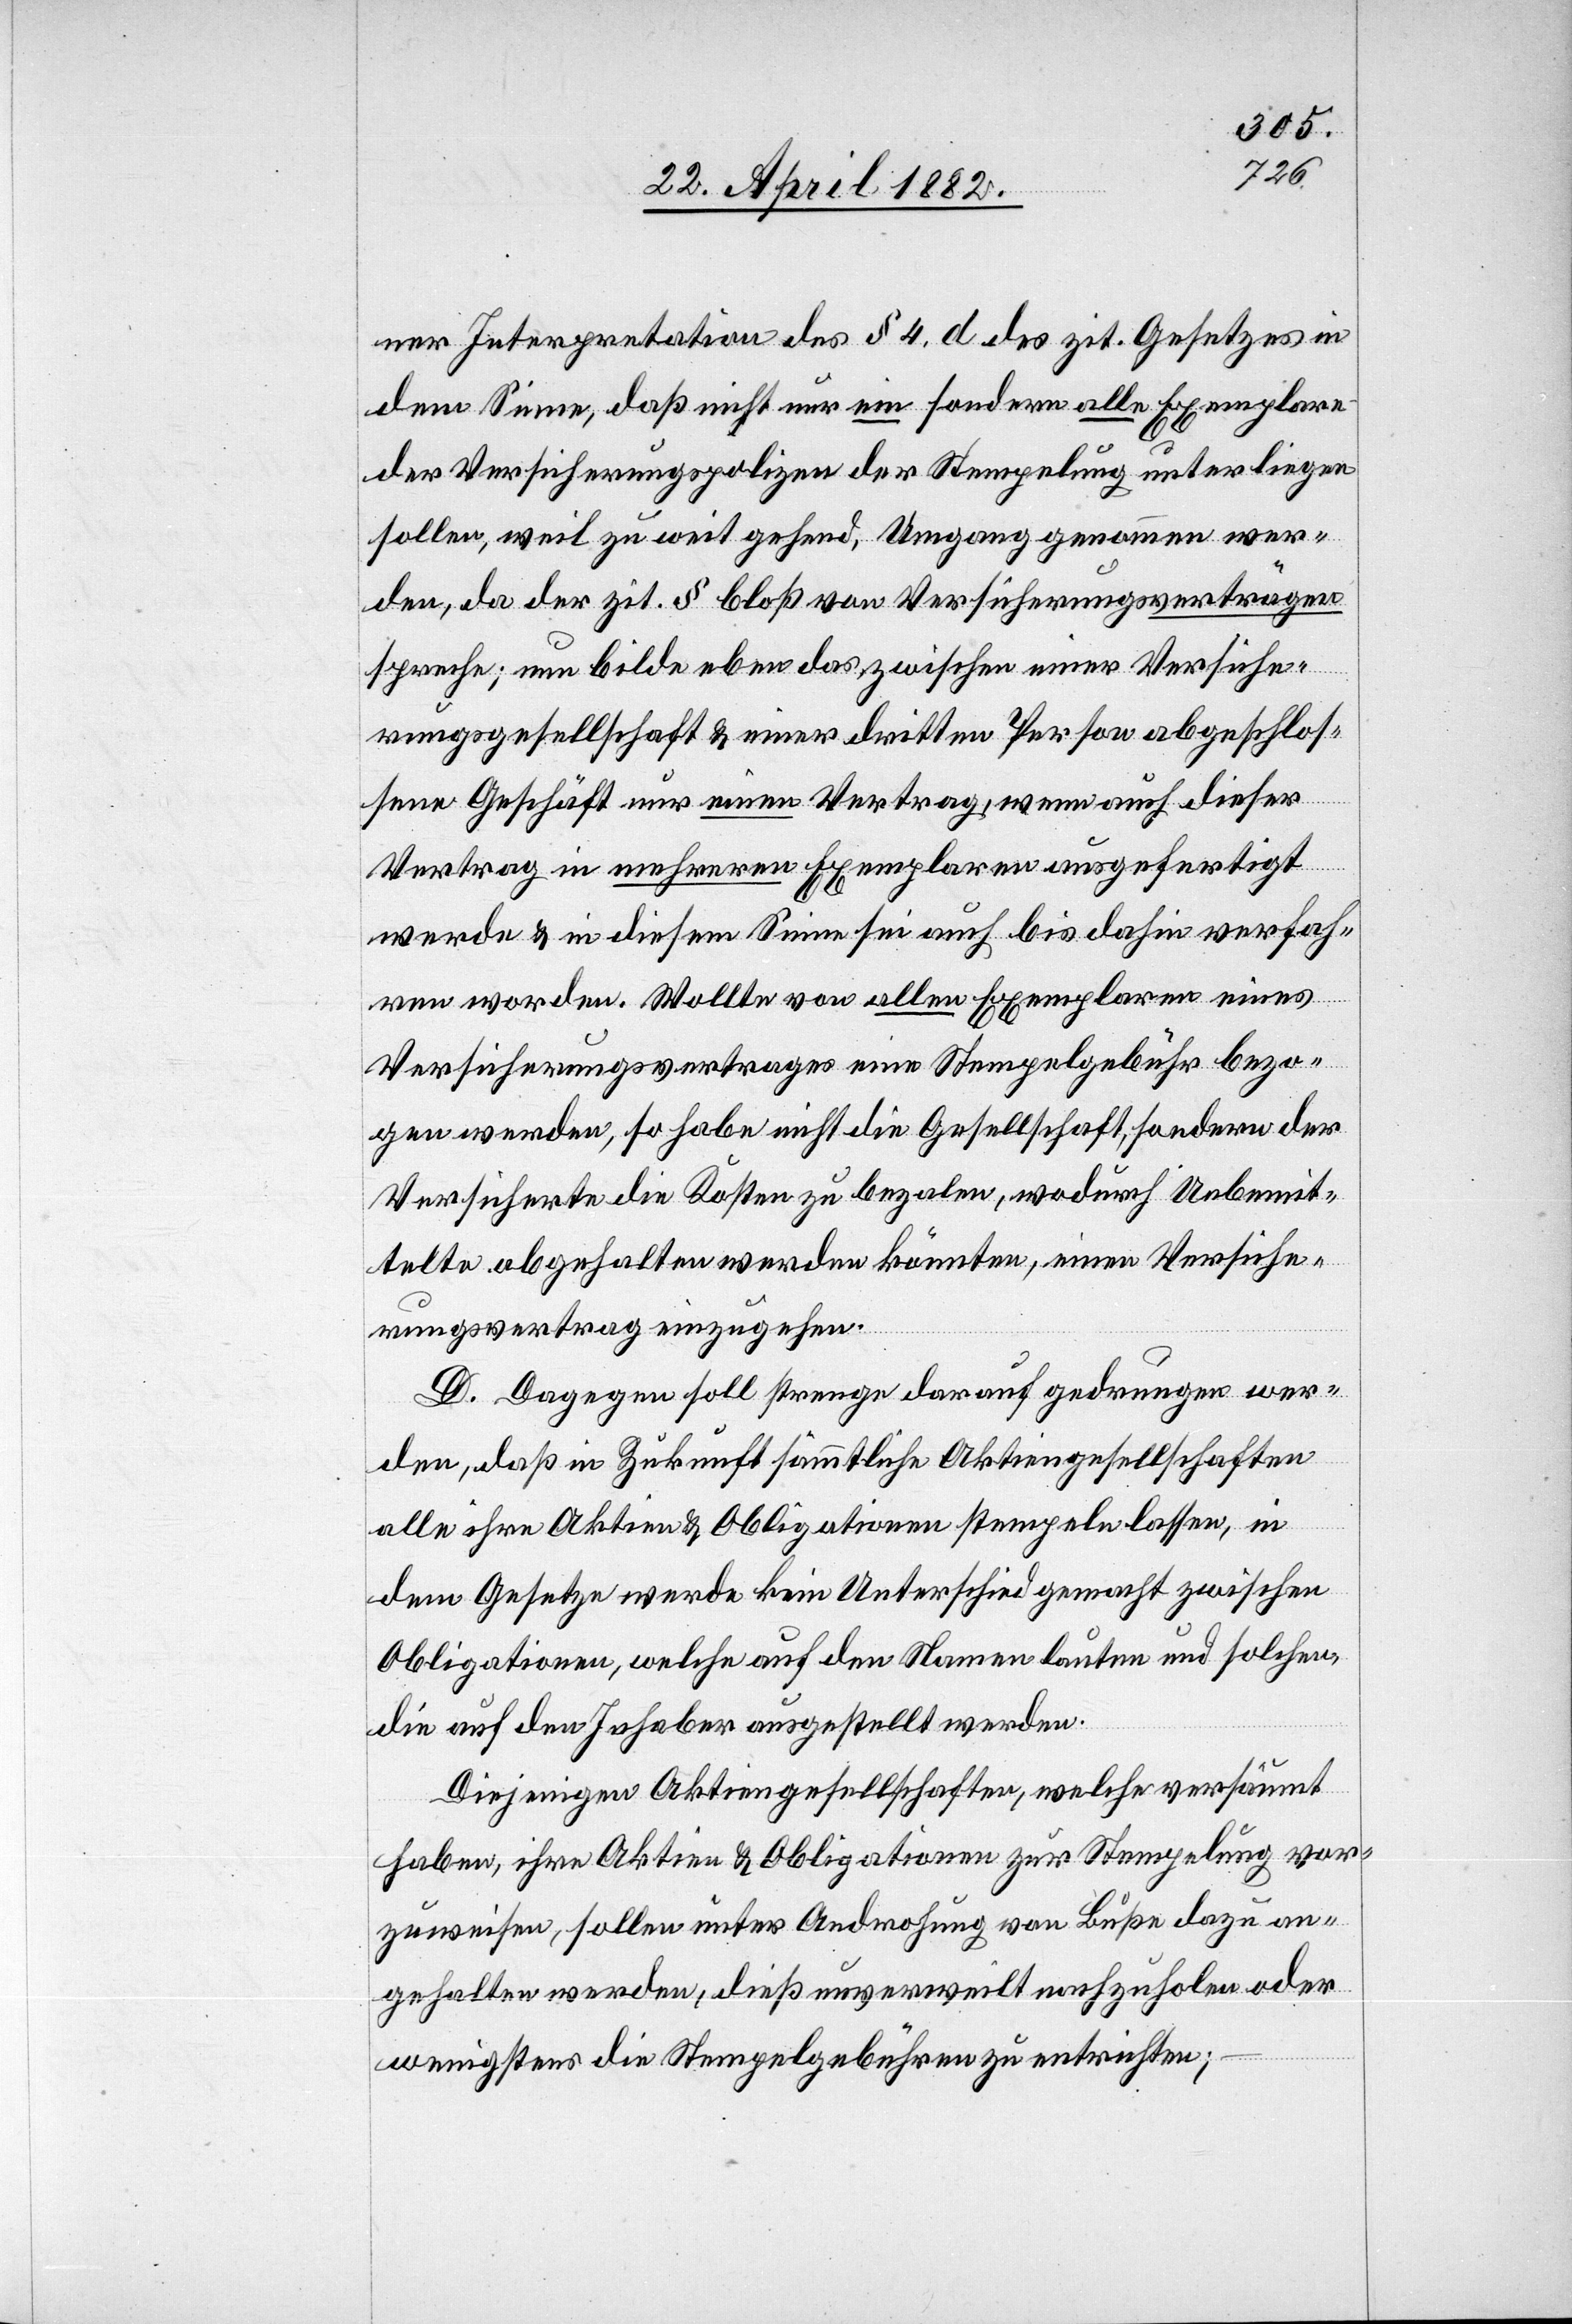
ner Interpretation des § 4, d des zit. Gesetzes in
dem Sinne, daß nicht nur ein sondern alle Exemplare
der Versicherungspolizen der Stempelung unterliegen
sollen, weil zu weit gehend, Umgang genommen wer¬
den, da der zit. § bloß von Versicherungsverträgen
spreche; nun bilde eben das zwischen einer Versiche¬
rungsgesellschaft & einer dritten Person abgeschlos¬
sene Geschäft nur einen Vertrag, wenn auch dieser
Vertrag in mehreren Exemplaren ausgefertigt
werde & in diesem Sinne sei auch bis dahin verfah¬
ren worden. Wollte von allen Exemplaren eines
Versicherungsvertrages eine Stempelgebühr bezo¬
gen werden, so habe nicht die Gesellschaft, sondern der
Versicherte die Kosten zu bezahlen, wodurch Unbemit¬
telte abgehalten werden könnten, einen Versiche¬
rungsvertrag einzugehen.
D. Dagegen soll strenge darauf gedrungen wer¬
den, daß in Zukunft sämmtliche Aktiengesellschaften
alle ihre Aktien & Obligationen stempeln lassen, in
dem Gesetze werde kein Unterschied gemacht zwischen
Obligationen, welche auf den Namen lauten und solchen,
die auf den Inhaber ausgestellt sind.
Diejenigen Aktiengesellschaften, welche versäumt
haben, ihre Aktien & Obligationen zur Stempelung vor¬
zuweisen, sollen unter Androhung von Buße dazu an¬
gehalten werden, dieß unverweilt nachzuholen oder
wenigstens die Stempelgebühren zu entrichten;